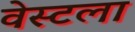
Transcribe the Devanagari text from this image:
वेस्टला